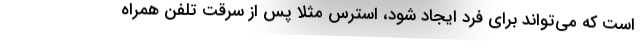
است که می‌تواند برای فرد ایجاد شود، استرس مثلا پس از سرقت تلفن همراه